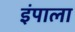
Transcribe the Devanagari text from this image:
इंपाला